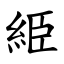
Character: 䋗